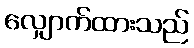
လျှောက်ထားသည်